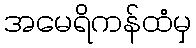
အမေရိကန်ထံမှ